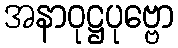
အနာဝုဋ္ဌပုဗ္ဗော